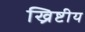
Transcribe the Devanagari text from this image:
ख्रिष्टीय